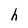
Character: h